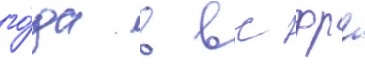
го́да в вс фрг